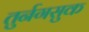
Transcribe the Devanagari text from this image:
तुर्नगसुक